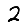
Digit: 2